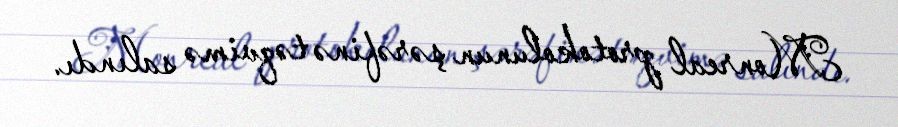
Monreal protokolunun şərəfinə təqvimə salındı.